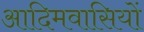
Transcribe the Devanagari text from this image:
आदिमवासियों